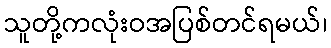
သူတို့ကလုံးဝအပြစ်တင်ရမယ်၊